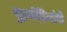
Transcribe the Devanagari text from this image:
युद्धमोहिमांचे